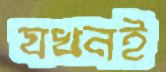
যখনই